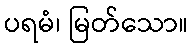
ပရမံ၊ မြတ်သော။